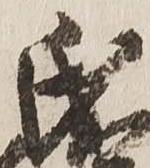
氏